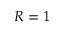
R = 1